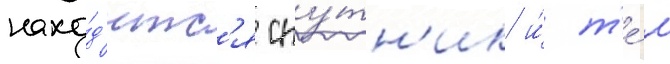
нахо́д'итс'я спу́тн'ик и́ т'е́м